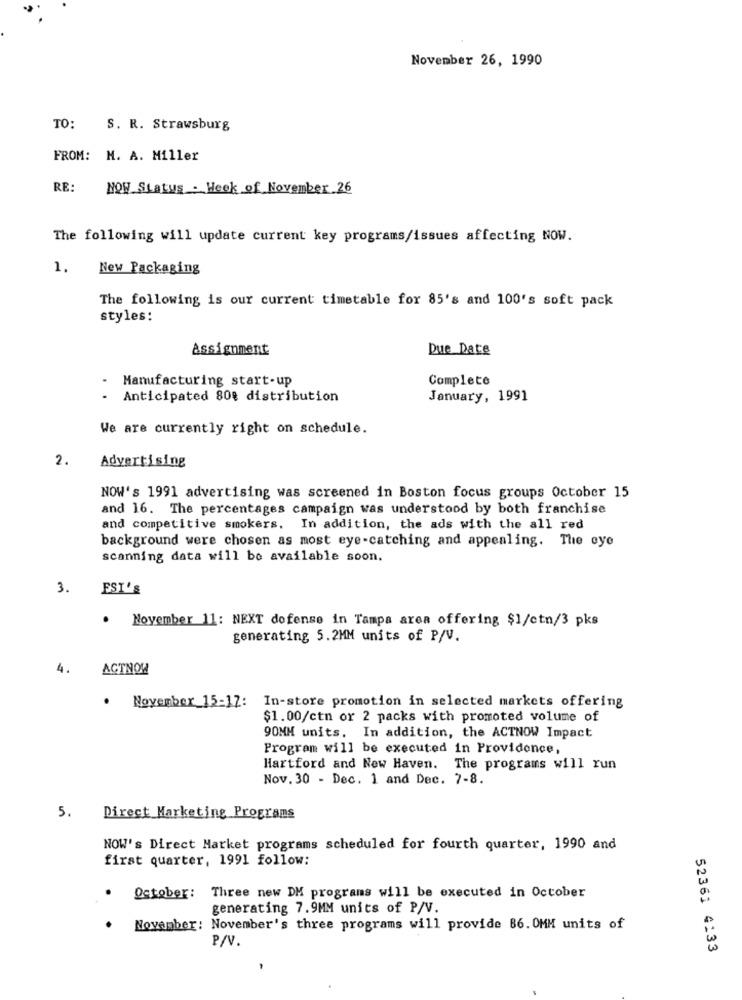
November 26, 1990
TO:
S. R. Strawsburg
FROM: M. A. Miller
RE:
NOW Status . Week of November 26
The following will update current key programs/issues affecting NOW.
1.
New Packaging
The following is our current timetable for 85's and 100's soft pack
styles:
Assignment
Due Date
Manufacturing start-up
Complete
Anticipated 80% distribution
January, 1991
We are currently right on schedule.
2.
Advertising
NOW's 1991 advertising was screened in Boston focus groups October 15
and 16. The percentages campaign was understood by both franchise
and competitive smokers. In addition, the ads with the all red
background were chosen as most eye -catching and appealing. The oye
scanning data will be available soon.
3.
EST'S
. November 11: NEXT dofense in Tampa area offering $1/ctn/3 pks
generating 5.2MM units of P/V.
4.
ACTNOW
. November 15-17: In-store promotion in selected markets offering
$1.00/ctn or 2 packs with promoted volume of
90MM units. In addition, the ACTNOW Impact
Program will be executed in Providence,
Hartford and New Haven. The programs will run
Nov. 30 - Dec. 1 and Dec. 7-8.
5.
Direct Marketing Programs
NOW's Direct Market programs scheduled for fourth quarter, 1990 and
first quarter, 1991 follow:
October: Three new DM programs will be executed in October
generating 7.9MM units of P/V.
November: November's three programs will provide 86. OMM units of
P/V.
52361 4:33